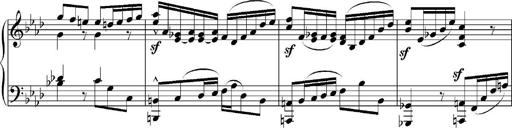
Title: Sonatina No.5
Composer: Otto Stoll
Key: F-sharp minor